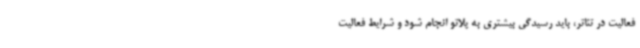
فعالیت در تئاتر، باید رسیدگی بیشتری به پلاتو انجام شود و شرایط فعالیت